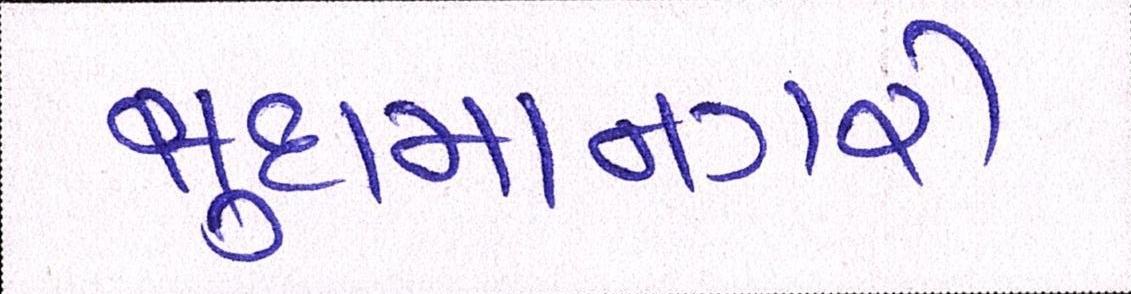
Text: સુદામાનગરી